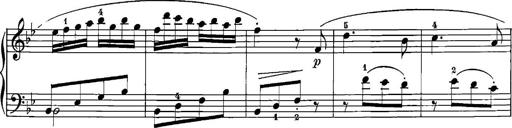
Title: 12 Sonatinas
Composer: Ignaz Pleyel